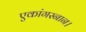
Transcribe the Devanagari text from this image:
एकांगस्नान।